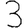
Digit: 3